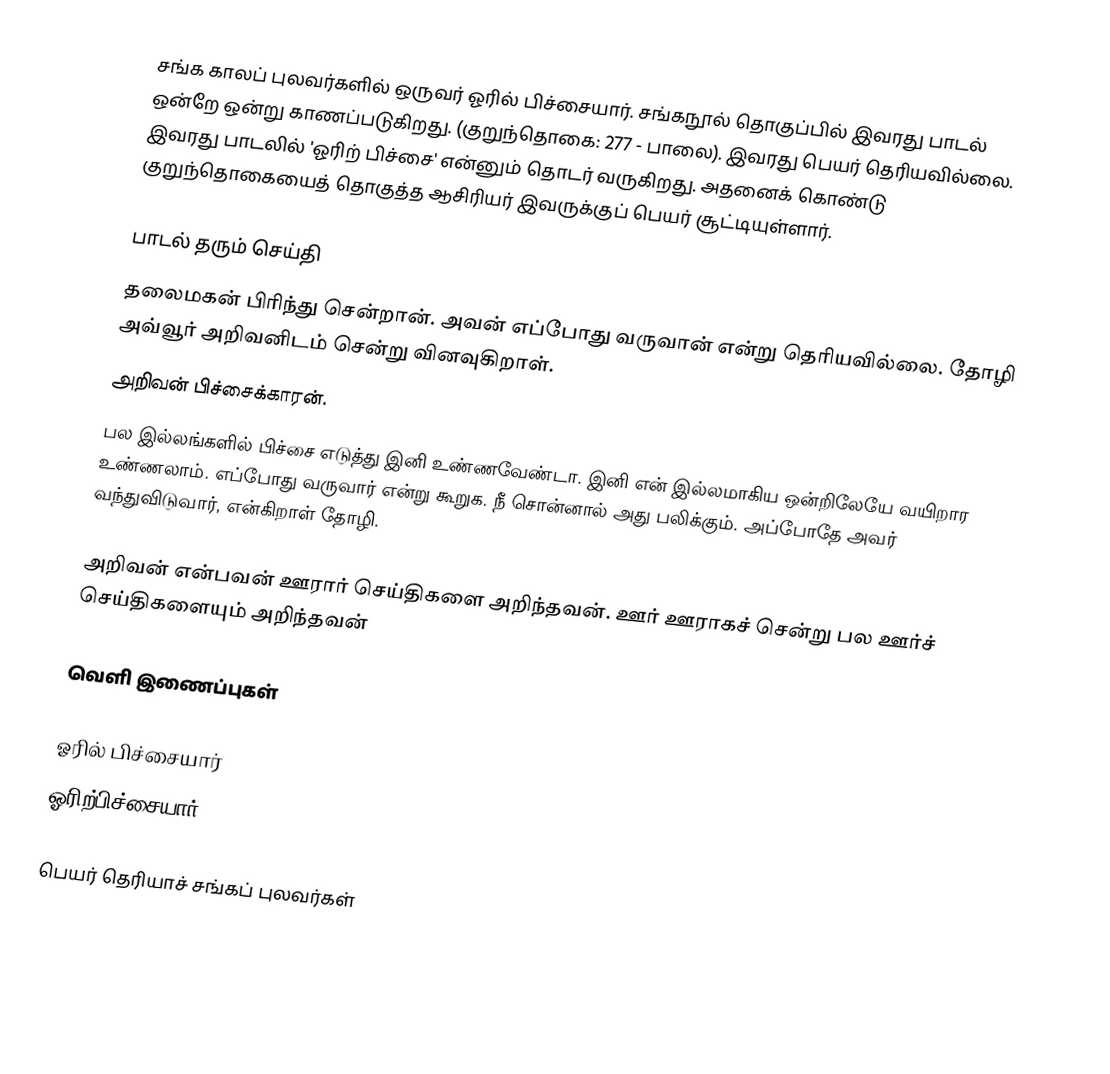
சங்க காலப் புலவர்களில் ஒருவர் ஓரில் பிச்சையார். சங்கநூல் தொகுப்பில் இவரது பாடல் ஒன்றே ஒன்று காணப்படுகிறது. (குறுந்தொகை: 277 - பாலை). இவரது பெயர் தெரியவில்லை. இவரது பாடலில் 'ஓரிற் பிச்சை' என்னும் தொடர் வருகிறது. அதனைக் கொண்டு குறுந்தொகையைத் தொகுத்த ஆசிரியர் இவருக்குப் பெயர் சூட்டியுள்ளார்.

பாடல் தரும் செய்தி
 தலைமகன் பிரிந்து சென்றான். அவன் எப்போது வருவான் என்று தெரியவில்லை. தோழி அவ்வூர் அறிவனிடம் சென்று வினவுகிறாள்.
 அறிவன் பிச்சைக்காரன்.
 பல இல்லங்களில் பிச்சை எடுத்து இனி உண்ணவேண்டா. இனி என் இல்லமாகிய ஒன்றிலேயே வயிறார உண்ணலாம். எப்போது வருவார் என்று கூறுக. நீ சொன்னால் அது பலிக்கும். அப்போதே அவர் வந்துவிடுவார், என்கிறாள் தோழி.

அறிவன் என்பவன் ஊரார் செய்திகளை அறிந்தவன். ஊர் ஊராகச் சென்று பல ஊர்ச் செய்திகளையும் அறிந்தவன்

வெளி இணைப்புகள்

  ஓரில் பிச்சையார்
 ஓரிற்பிச்சையார்

பெயர் தெரியாச் சங்கப் புலவர்கள்